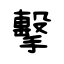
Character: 擊